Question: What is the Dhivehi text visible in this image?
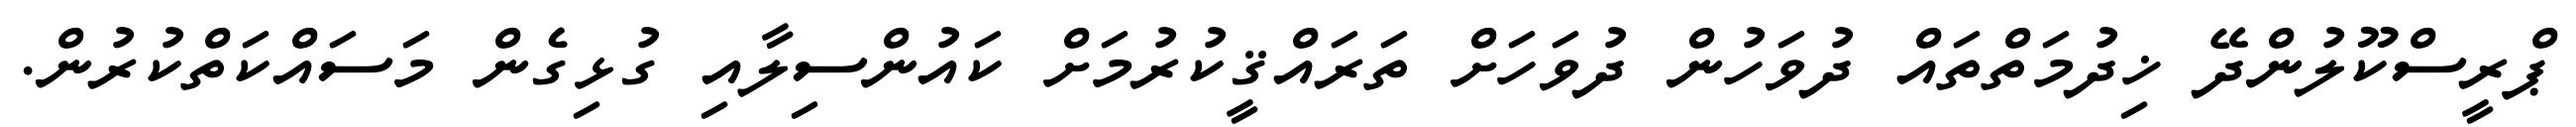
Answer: ޕްރީސްކޫލުންދޭ ޚިދުމަތްތައް ދުވަހުން ދުވަހަށް ތަރައްޤީކުރުމަށް ކައުންސިލާއި ގުޅިގެން މަސައްކަތްކުރުން.